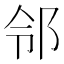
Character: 邻